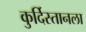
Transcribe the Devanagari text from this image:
कुर्दिस्तानला